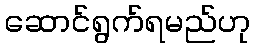
ဆောင်ရွက်ရမည်ဟု